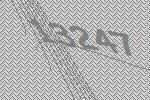
13247